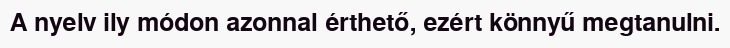
A nyelv ily módon azonnal érthető, ezért könnyű megtanulni.